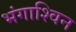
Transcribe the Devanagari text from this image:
भंगाश्विन